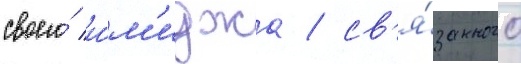
своего́ и́м'иджа / св'я́занного